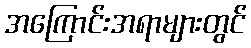
အကြောင်းအရာများတွင်